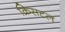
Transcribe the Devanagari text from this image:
क्रिसटल